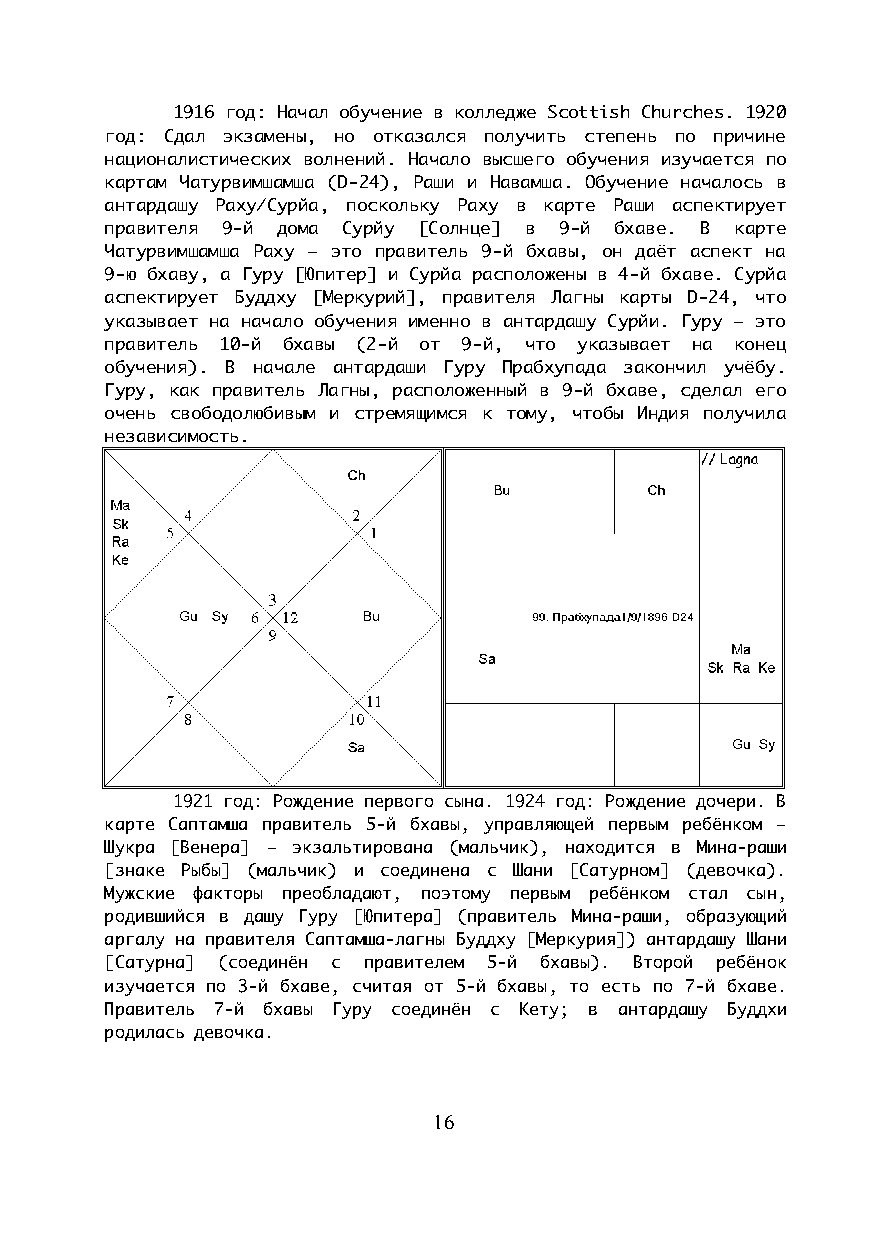
1916 год: Начал обучение в колледже Scottish Churches. 1920
 год: Сдал экзамены, но отказался получить степень по причине
 националистических волнений. Начало высшего обучения изучается по
 картам Чатурвимшамша (D-24), Раши и Навамша. Обучение началось в
 антардашу Раху/Сурйа, поскольку Раху в карте Раши аспектирует
 правителя 9-й дома Сурйу [Солнце] в 9-й бхаве. В карте
 Чатурвимшамша Раху – это правитель 9-й бхавы, он даёт аспект на
 9-ю бхаву, а Гуру [Юпитер] и Сурйа расположены в 4-й бхаве. Сурйа
 аспектирует Буддху [Меркурий], правителя Лагны карты D-24, что
 указывает на начало обучения именно в антардашу Сурйи. Гуру – это
 правитель 10-й бхавы (2-й от 9-й, что указывает на конец
 обучения). В начале антардаши Гуру Прабхупада закончил учёбу.
 Гуру, как правитель Лагны, расположенный в 9-й бхаве, сделал его
 очень свободолюбивым и стремящимся к тому, чтобы Индия получила
 независимость.
 1921 год: Рождение первого сына. 1924 год: Рождение дочери. В
 карте Саптамша правитель 5-й бхавы, управляющей первым ребёнком –
 Шукра [Венера] – экзальтирована (мальчик), находится в Мина-раши
 [знаке Рыбы] (мальчик) и соединена с Шани [Сатурном] (девочка).
 Мужские факторы преобладают, поэтому первым ребёнком стал сын,
 родившийся в дашу Гуру [Юпитера] (правитель Мина-раши, образующий
 аргалу на правителя Саптамша-лагны Буддху [Меркурия]) антардашу Шани
 [Сатурна] (соединён с правителем 5-й бхавы). Второй ребёнок
 изучается по 3-й бхаве, считая от 5-й бхавы, то есть по 7-й бхаве.
 Правитель 7-й бхавы Гуру соединён с Кету; в антардашу Буддхи
 родилась девочка.
 16